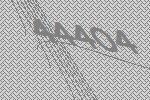
44404